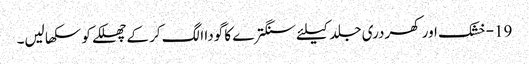
19-خشک اور کھردری جلد کیلئے سنگترے کا گودا الگ کر کے چھلکے کو سکھا لیں۔